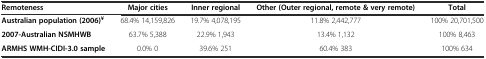
<table><thead><tr><td><b>Remoteness</b></td><td><b>Major cities</b></td><td><b>Inner regional</b></td><td><b>Other (Outer regional, remote &amp; very remote)</b></td><td><b>Total</b></td></tr></thead><tbody><tr><td><b>Australian population (2006)</b><sup><b>¥</b></sup></td><td>68.4% 14,159,826</td><td>19.7% 4,078,195</td><td>11.8% 2,442,777</td><td>100% 20,701,500</td></tr><tr><td><b>2007-Australian NSMHWB</b></td><td>63.7% 5,388</td><td>22.9% 1,943</td><td>13.4% 1,132</td><td>100% 8,463</td></tr><tr><td><b>ARMHS WMH-CIDI-3.0 sample</b></td><td>0.0% 0</td><td>39.6% 251</td><td>60.4% 383</td><td>100% 634</td></tr></tbody></table>